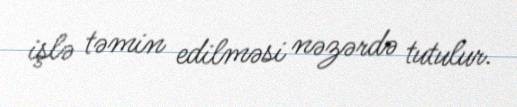
işlə təmin edilməsi nəzərdə tutulur.